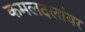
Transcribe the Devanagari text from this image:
कमलदलांवर